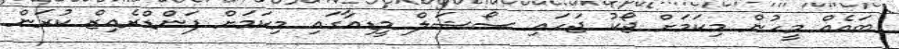
ބައެއް މީހުން މިކަމަށް ޖޯކު ޖަހައި ސޯޝަލް މީޑިއާގައި މިކަމަށް ފަންޑްރެއިޒް ކުރަން